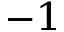
^ { - 1 }